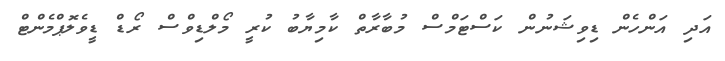
އަދި އަންހެން ޑިވިޝަނުން ކަސްޓަމްސް މުބާރާތް ކާމިޔާބު ކުރީ މޯލްޑިވްސް ރޯޑް ޑީވެލޮޕްމެންޓް